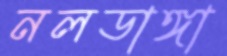
নলডাঙ্গা